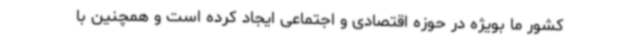
کشور ما بویژه در حوزه اقتصادی و اجتماعی ایجاد کرده است و همچنین با